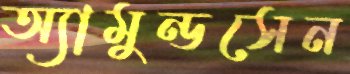
অ্যামুন্ডসেন